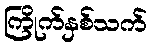
ကြိုက်နှစ်သက်